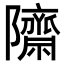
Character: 𮥱